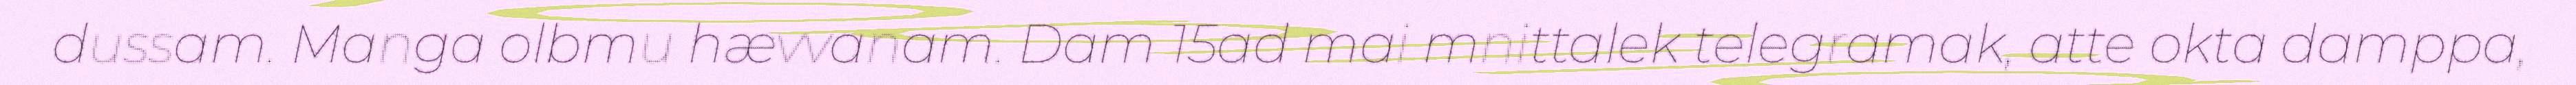
dussam. Manga olbmu hævvanam. Dam 15ad mai mnittalek telegramak, atte okta damppa,